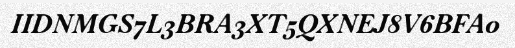
IIDNMGS7L3BRA3XT5QXNEJ8V6BFA0